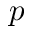
p